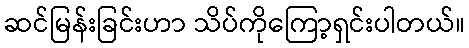
ဆင်မြန်းခြင်းဟာ သိပ်ကိုကြော့ရှင်းပါတယ်။